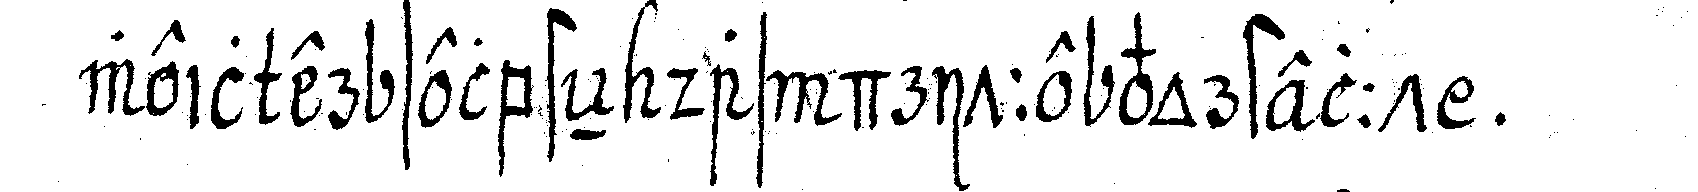
weil er selbsteN das dritte vorstellt .